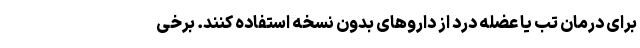
برای درمان تب یا عضله درد از داروهای بدون نسخه استفاده کنند. برخی